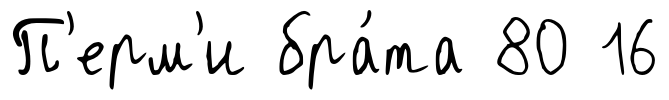
П'ерм'и бра́та 80 16